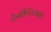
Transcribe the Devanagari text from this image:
टेनोच्टिलन।